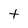
Character: t